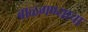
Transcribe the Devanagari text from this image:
बाळ्गण्याचा